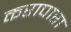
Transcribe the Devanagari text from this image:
करापारा